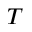
T